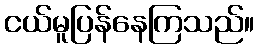
ငယ်မူပြန်နေကြသည်။